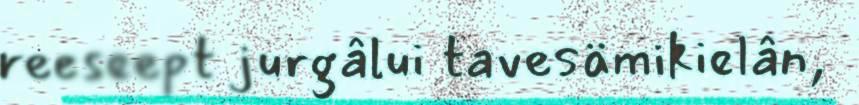
reeseept jurgâlui tavesämikielân,